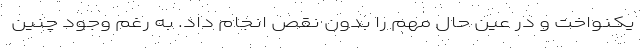
یکنواخت و در عین حال مهم را بدون نقص انجام داد. به رغم وجود چنین